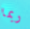
ربما